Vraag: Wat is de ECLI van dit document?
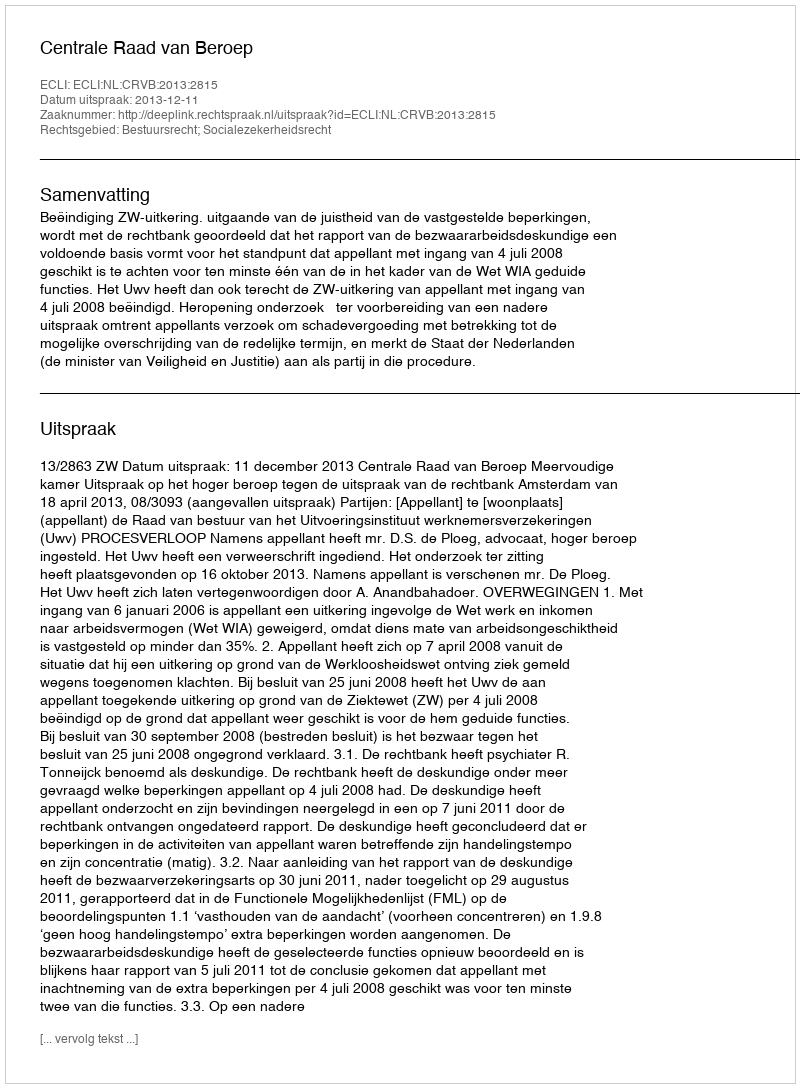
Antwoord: ECLI:NL:CRVB:2013:2815